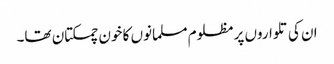
ان کی تلواروں پر مظلوم مسلمانوں کا خون چمکتان تھا۔